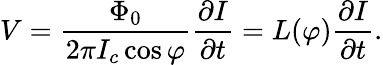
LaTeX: V={\frac{\Phi_{0}}{2\pi I_{c}\cos\varphi}}{\frac{\partial I}{\partial t}}=L(\varphi){\frac{\partial I}{\partial t}}.